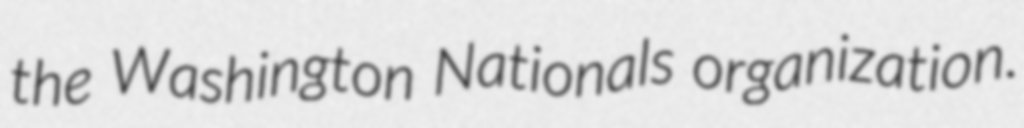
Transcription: the Washington Nationals organization.